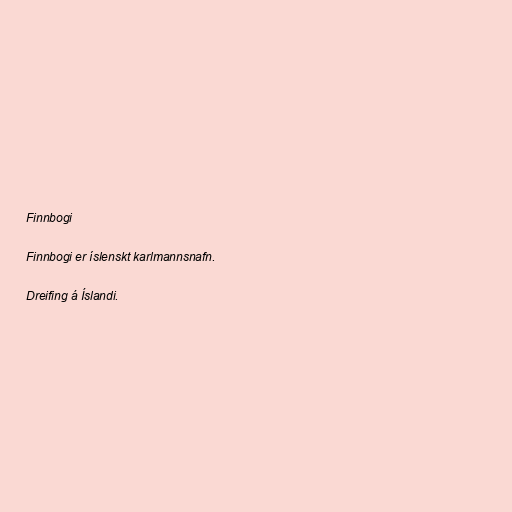
Finnbogi

Finnbogi er íslenskt karlmannsnafn.

Dreifing á Íslandi.